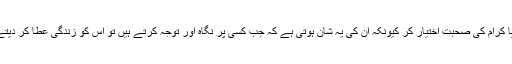
تو اولیا کرام کی صحبت اختیار کر کیونکہ ان کی یہ شان ہوتی ہے کہ جب کسی پر نگاہ اور توجہ کرتے ہیں تو اس کو زندگی عطا کر دیتے ہیں۔